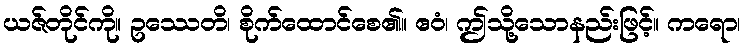
ယဇ်တိုင်ကို။ ဥဿေတိ၊ စိုက်ထောင်စေ၏။ ဧဝံ၊ ဤသို့သောနည်းဖြင့်။ ကရော၊